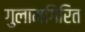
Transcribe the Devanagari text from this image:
गुलामगिरित